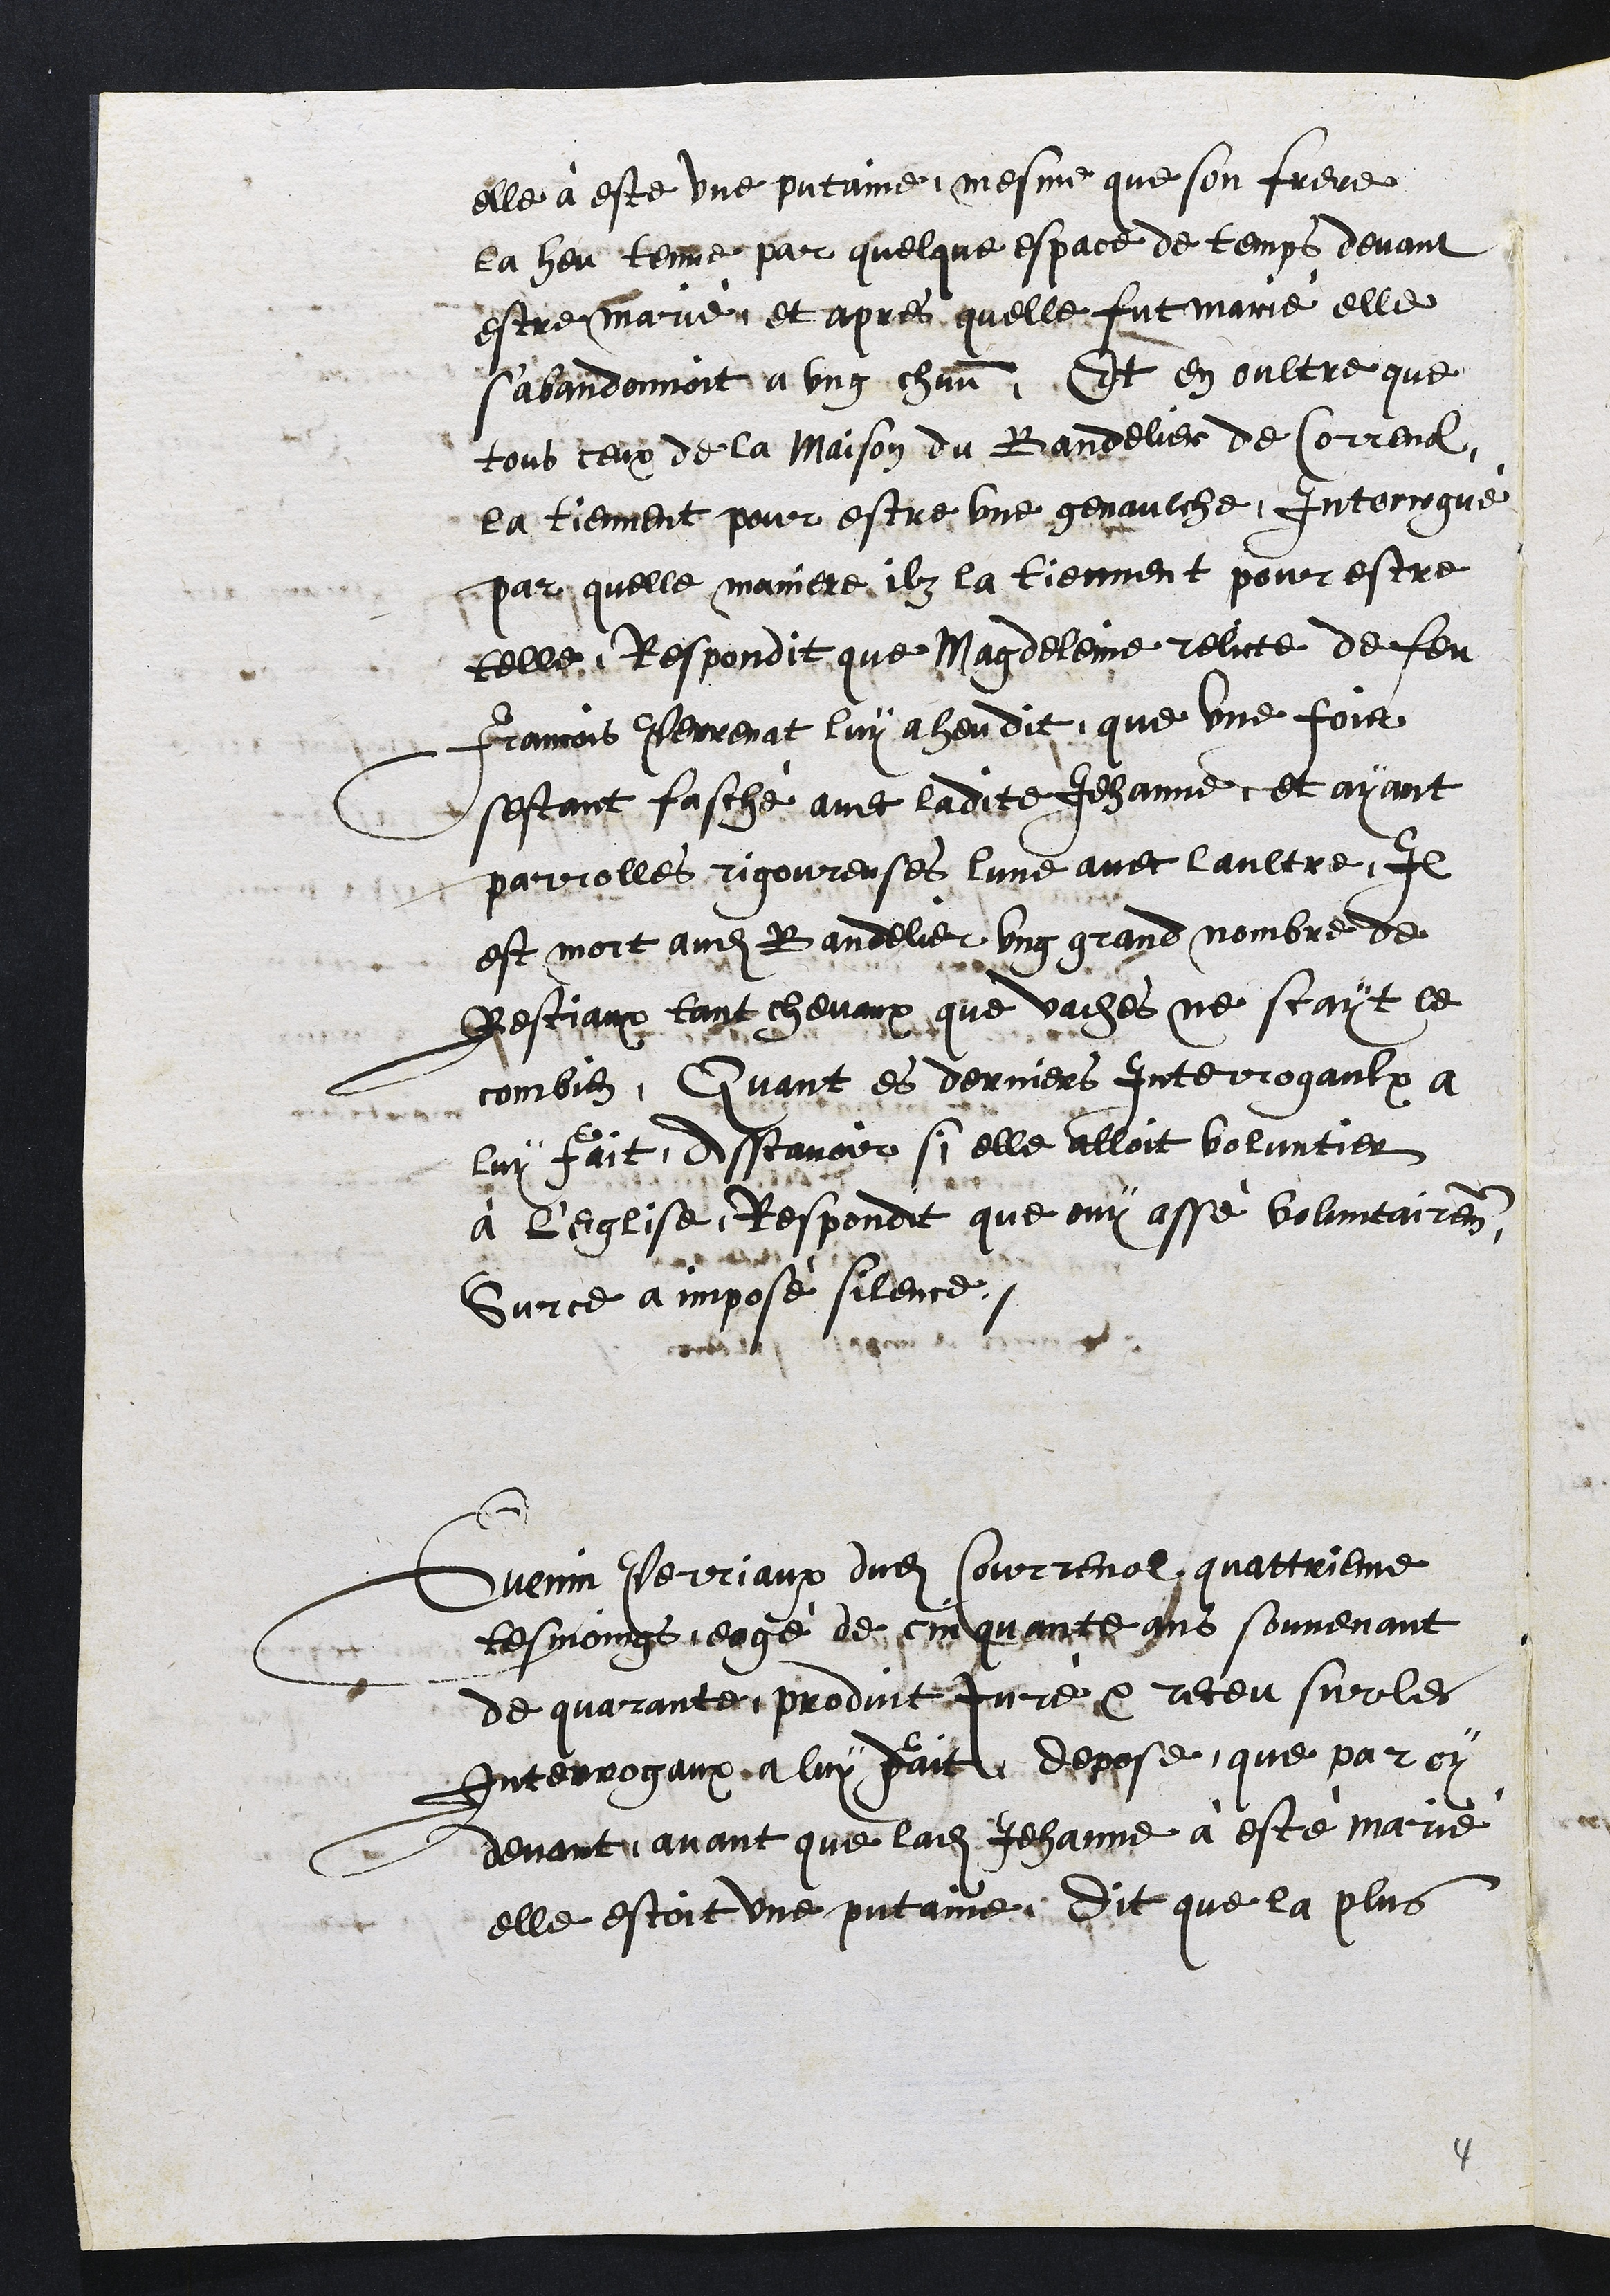
elle à este une putaine, mesme que son frere
la heu tenue par quelque espace de temps devant
estre marié, et apres quelle fut marié elle
s'abandonnoit a ung chun. Et en oultre que
tous ceux de la maison du Bandelier de Correnol,
la tiennent pour estre une genaulche, Interrogué
Par quelle maniere ilz la tiennent pour estre
telle, Respondit que Magdeleine relicte de feu
Francois Perrenat luy a heu dit que une fois
sestant fasché avec ladite Jehanne, et ayant
parolles rigoureuses lune avec laultre, Il
est mort audit Bandelier ung grand nombre de
Bestiaux tant chevaux que vaches ne scayt le
combien, Quant es derniers Interrogaulx a
luy fait, Asscavoir si elle alloit voluntier
à L'Eglise, Respondit que ouy assé voluntairement
Sur ce a imposé silence.
Guenin Perriaux dudit Courrenol, quattrieme
tesmoings, eagé de cinquante ans souvenant
de quarante produit Juré et receu sur les
Interrogaux a luy fait depose que par cy
devant, avant que ladite Jehanne à esté marié
elle estoit une putaine. Dit que la plus

4